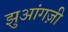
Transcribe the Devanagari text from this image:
झुआंगज़ी